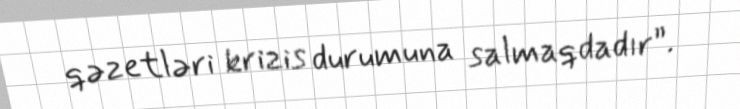
qəzetləri krizis durumuna salmaqdadır”.